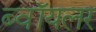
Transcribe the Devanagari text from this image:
ब्वॉयलर